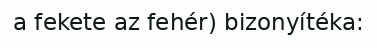
a fekete az fehér) bizonyítéka: